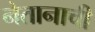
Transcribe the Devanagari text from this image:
नेतानाची